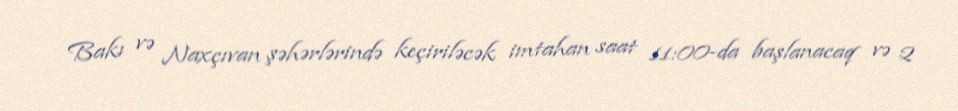
Bakı və Naxçıvan şəhərlərində keçiriləcək imtahan saat 11:00-da başlanacaq və 2